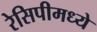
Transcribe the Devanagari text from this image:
रेसिपीमध्ये